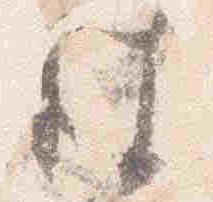
彼